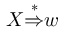
X { \stackrel { * } { \Rightarrow } } w